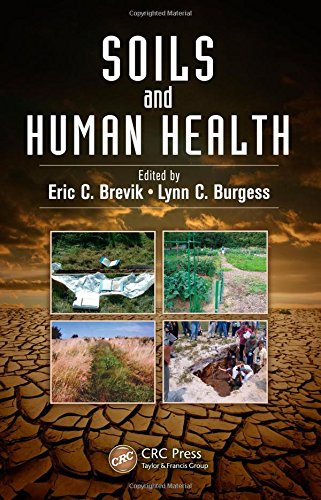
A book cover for Soils and Human Health; Crafts, Hobbies & Home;